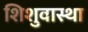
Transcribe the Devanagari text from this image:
शिशुवास्था